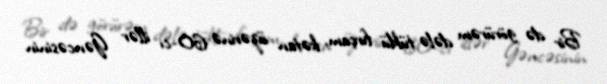
Bir də görürəm dələ tüklü fırçam, kətan üzərinə 60-cı illər Gəncəsinin